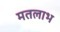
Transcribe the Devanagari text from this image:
मतलाभ